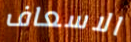
الاسعاف